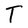
Character: T